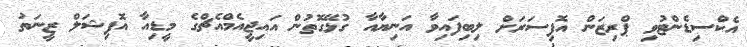
އެކްސިޑެންޓުވި ޕްރިޒަން އޮފިސަރަށް ލިބިފައިވާ އަނިޔާއާ ގުޅޭގޮތުން އައިޖީއެމްއެޗްގެ މީޑިއާ އޮފިޝަލް ޒީނަތު